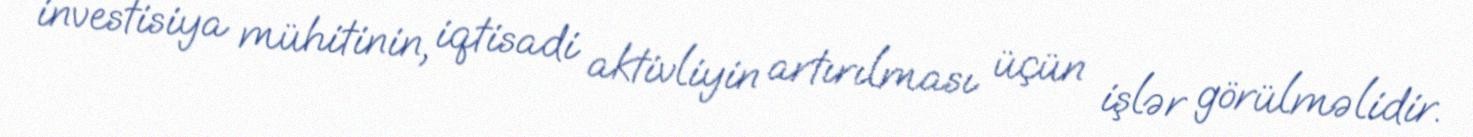
investisiya mühitinin, iqtisadi aktivliyin artırılması üçün işlər görülməlidir.